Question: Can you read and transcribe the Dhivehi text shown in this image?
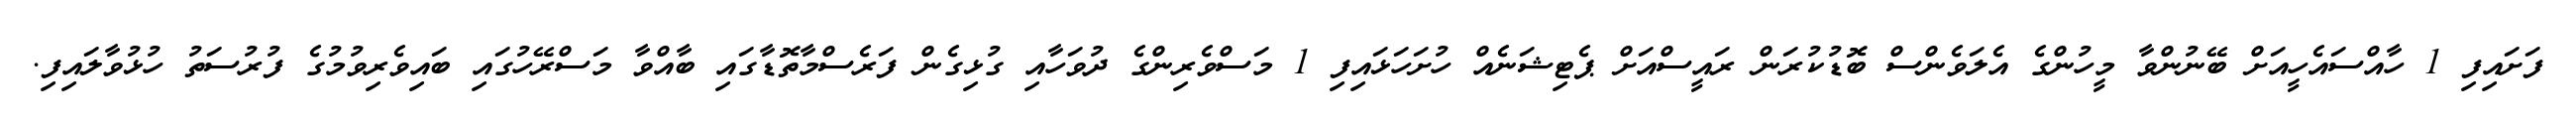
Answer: ފަށައިފި 1 ހާއްސައެހީއަށް ބޭނުންވާ މީހުންގެ އެލަވެންސް ބޮޑުކުރަން ރައީސްއަށް ޕެޓިޝަނެއް ހުށަހަޅައިފި 1 މަސްވެރިންގެ ދުވަހާއި ގުޅިގެން ފަރެސްމާތޮޑާގައި ބާއްވާ މަސްރޭހުގައި ބައިވެރިވުމުގެ ފުރުސަތު ހުޅުވާލައިފި.